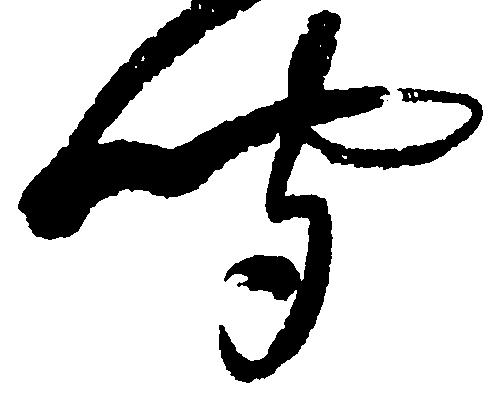
聞